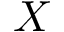
X